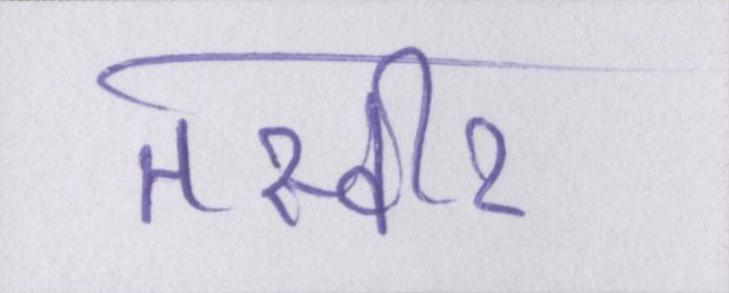
तस्वीर